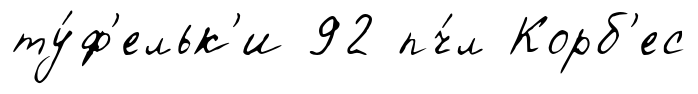
ту́ф'ельк'и 92 пч́л Корб'ес